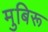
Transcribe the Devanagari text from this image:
मुबिरू